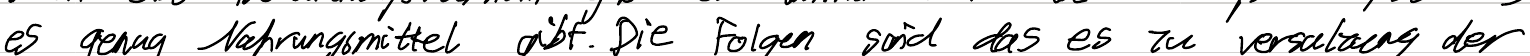
es genug Nahrungsmittel gibt. Die Folgen sind das es zu Versalzung der